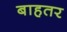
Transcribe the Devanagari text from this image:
बाहतर